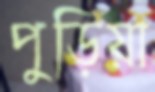
পুড়িয়া